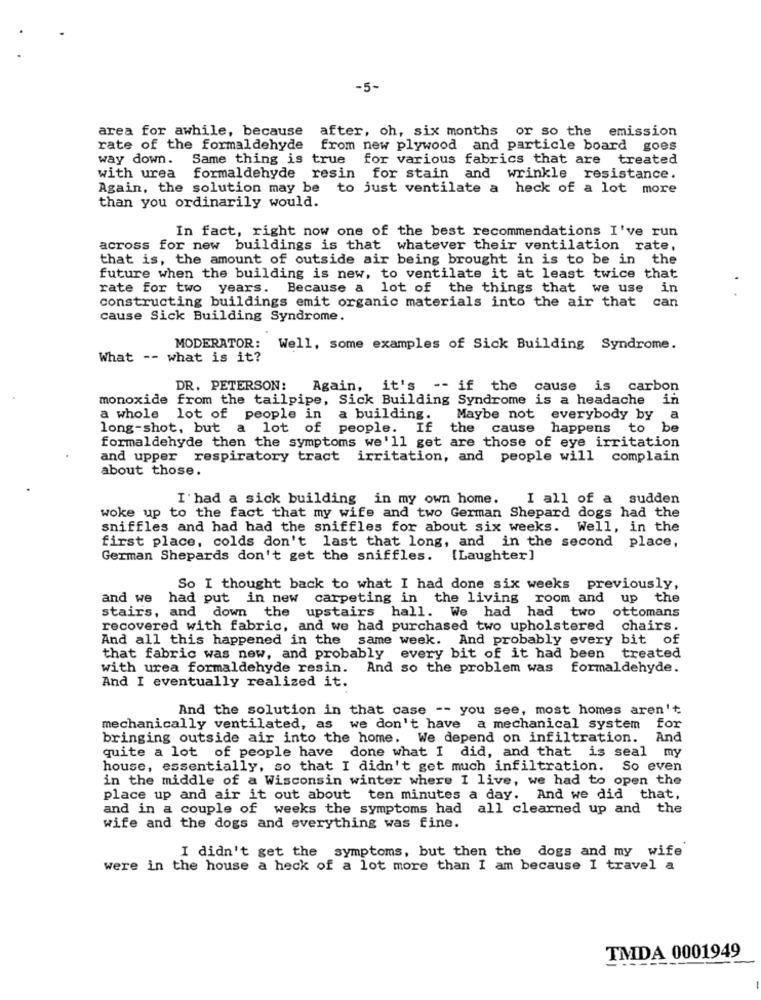
-5-
area for awhile, because after, oh, six months or so the emission
rate of the formaldehyde
from new plywood and particle board goes
way down. Same thing is true
for various fabrics that are treated
with urea formaldehyde resin for stain and wrinkle resistance.
Again, the solution may be to just ventilate a heck of a lot more
than you ordinarily would.
In fact, right now one of the best recommendations I've run
across for new buildings is that whatever their ventilation rate,
that is, the amount of outside air being brought in is to be in the
future when the building is new, to ventilate it at least twice that
rate for two years. Because a lot of the things that we use in
constructing buildings emit organic materials into the air that can
cause Sick Building Syndrome.
MODERATOR: Well, some examples of Sick Building Syndrome.
What -- what is it?
DR. PETERSON: Again, it's -- if the
cause is carbon
monoxide from the tailpipe, Sick Building Syndrome is a headache in
a whole lot of people in
a building.
Maybe not everybody by
a
long-shot, but a lot of people. If
the cause
happens to be
formaldehyde then the symptoms we'll get are those of eye irritation
and upper respiratory tract irritation, and people will complain
about those.
I had a sick building in my own home.
I all of a sudden
woke up to the fact that my wife and two German Shepard dogs had the
sniffles and had had the sniffles for about six weeks. Well, in the
first place, colds don't last that long, and in the second place,
German Shepards don't get the sniffles.
[Laughter]
So I thought back to what I had done six weeks previously,
and we had put in new carpeting in the living room and up
the
stairs, and down the upstairs hall. We had had two ottomans
recovered with fabric, and we had purchased two upholstered chairs.
And all this happened in the same week. And probably every bit of
that fabric was new, and probably every bit of it had been treated
with urea formaldehyde resin. And so the problem was
formaldehyde.
And I eventually realized it.
And the solution in that case -- you see, most homes aren't
mechanically ventilated, as we don't have a mechanical system
for
bringing outside air into the home. We depend on infiltration. And
quite a lot of people have done what I did, and that is seal my
house, essentially, so that I didn't get much infiltration. So even
in the middle of a Wisconsin winter where I live, we had to open the
place up and air it out about ten minutes a day. And we did that,
and in a couple of weeks the symptoms had all clearned up and the
wife and the dogs and everything was fine.
I didn't get the symptoms, but then the dogs and my wife
were in the house a heck of a lot more than I am because I travel a
TMDA 0001949